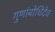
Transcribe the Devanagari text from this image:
गुणांबोधिदेव